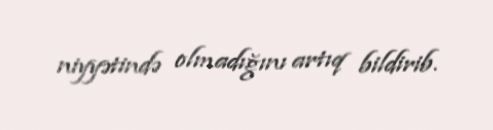
niyyətində olmadığını artıq bildirib.